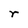
Character: r